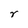
Character: r